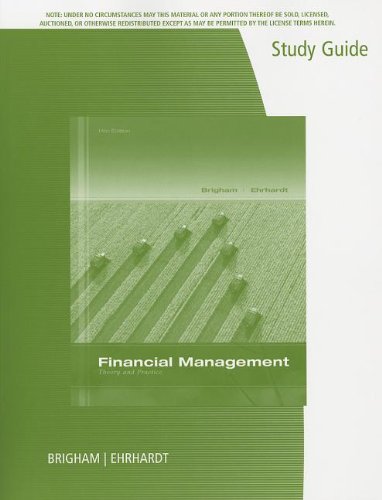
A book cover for Study Guide for Brigham/Ehrhardt's Financial Management: Theory & Practice, 14th; Eugene F. Brigham; Business & Money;